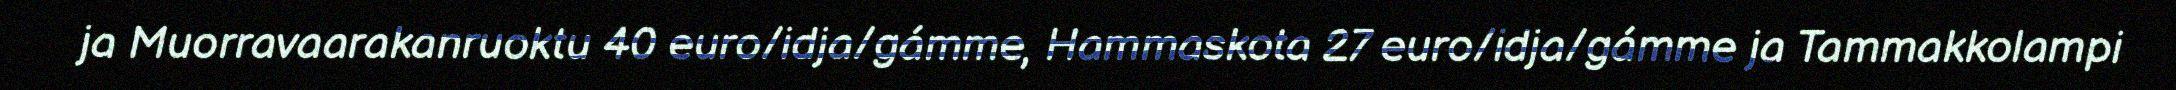
ja Muorravaarakanruoktu 40 euro/idja/gámme, Hammaskota 27 euro/idja/gámme ja Tammakkolampi